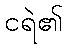
ငရဲ၏